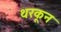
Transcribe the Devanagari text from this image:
थरकून